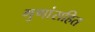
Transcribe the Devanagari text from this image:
गुणांसहित